Civil Veterinary Department. Madras. Admin. report 1926-33 - 1926-1933
Year: 1926
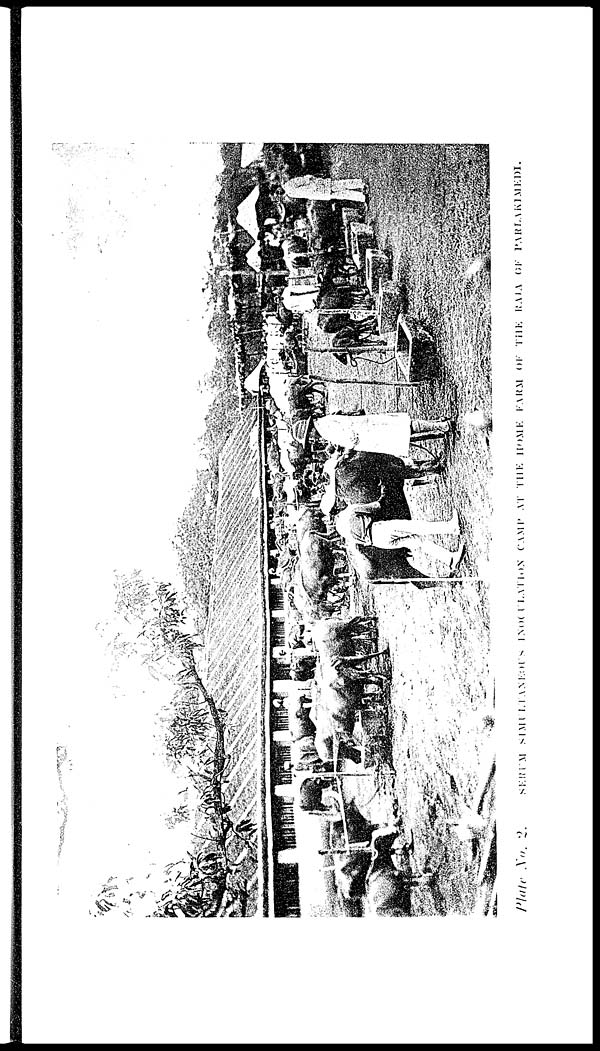
Plate No. 2. SERUM
SIMULTANEOUS
INOCULATION
CAMP
CAMP AT THE HOME FARM OF THE RAJA OF PARLAKIMEDI.